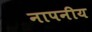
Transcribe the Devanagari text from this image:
नापनीय